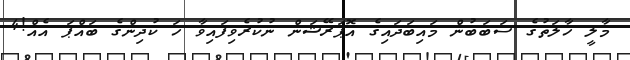
މާލީ ހާލަތުގެ ސަބަބުން މައިބަދައިގެ އޮޕަރޭޝަން ނުކުރެވިފައިވާ ހަ ކުދިންގެ ބައްޕަ އެއް!4